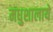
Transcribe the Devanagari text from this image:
मधुशालाये